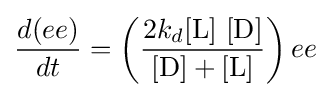
{\frac {d(ee)}{dt}}=\left({\frac {2k_{d}{[\mathrm {L} ]~[\mathrm {D} ]}}{[{\ce {D}}]+[{\ce {L}}]}}\right)ee